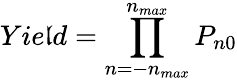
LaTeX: Yie\mathfrak{l}d=\prod_{n=-n_{max}}^{n_{max}}P_{n0}